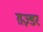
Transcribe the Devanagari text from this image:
ग़ज़्डर